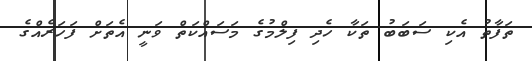
ތަފާތު އެކި ސަބަބު ތަކާ ހެދި ފިލްމުގެ މަސައްކަތް ވަނީ އެތަށް ފަހަރެއްގެ